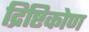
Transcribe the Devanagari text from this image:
द्रिष्टिकोण